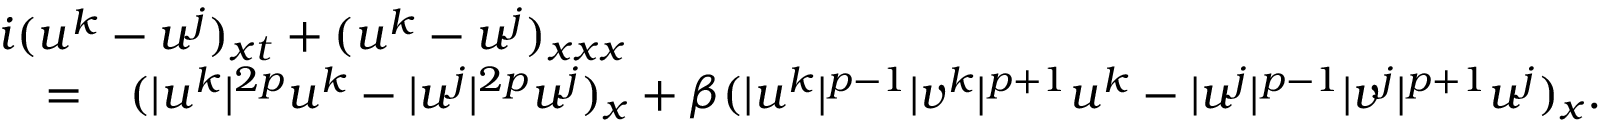
\begin{array} { r l r } { \lefteqn { i ( u ^ { k } - u ^ { j } ) _ { x t } + ( u ^ { k } - u ^ { j } ) _ { x x x } } } \\ & { = } & { ( | u ^ { k } | ^ { 2 p } u ^ { k } - | u ^ { j } | ^ { 2 p } u ^ { j } ) _ { x } + \beta ( | u ^ { k } | ^ { p - 1 } | v ^ { k } | ^ { p + 1 } u ^ { k } - | u ^ { j } | ^ { p - 1 } | v ^ { j } | ^ { p + 1 } u ^ { j } ) _ { x } . } \end{array}